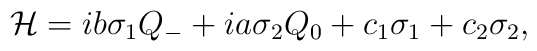
{\cal H}= ib\sigma_1Q_- + ia\sigma_2Q_0 +c_1\sigma_1 + c_2\sigma_2,